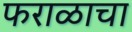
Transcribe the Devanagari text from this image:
फराळाचा